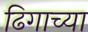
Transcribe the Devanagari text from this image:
ढिगाच्या